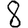
Digit: 8